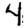
Digit: 4